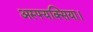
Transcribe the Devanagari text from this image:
अस्फ्यक्सिया।